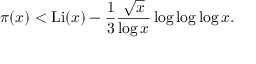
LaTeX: \pi ( x ) < \operatorname { L i } ( x ) - { \frac { 1 } { 3 } } { \frac { \sqrt { x } } { \log x } } \log \log \log x .